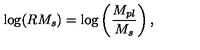
\mathrm { l o g } ( R M _ { s } ) = \mathrm { l o g } \left( \frac { M _ { p l } } { M _ { s } } \right) ,